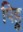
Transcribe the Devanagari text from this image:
पिहू